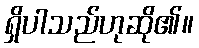
ရှိပါသည်ဟုဆို၏။